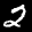
Label: 2